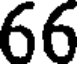
66